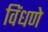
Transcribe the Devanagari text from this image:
विंधणे